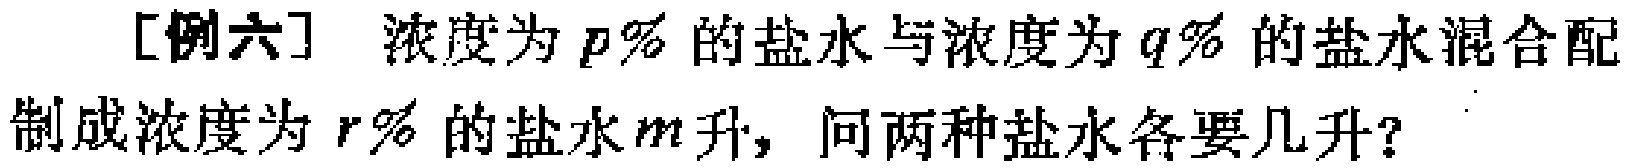
[例六] 浓度为 \(p\%\) 的盐水与浓度为 \(q\%\) 的盐水混合配制成浓度为 \(r\%\) 的盐水 \(m\) 升，问两种盐水各要几升？